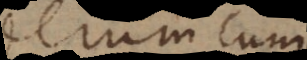
Verum cum